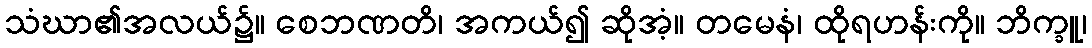
သံဃာ၏အလယ်၌။ စေဘဏတိ၊ အကယ်၍ ဆိုအံ့။ တမေနံ၊ ထိုရဟန်းကို။ ဘိက္ခူ၊